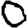
Digit: 0